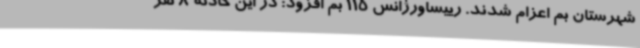
شهرستان بم اعزام شدند. رییساورژانس 115 بم افزود: در این حادثه 8 نفر